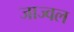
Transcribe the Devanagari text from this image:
जाज्वल